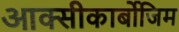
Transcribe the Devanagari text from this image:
आक्‍सीकार्बोजिम